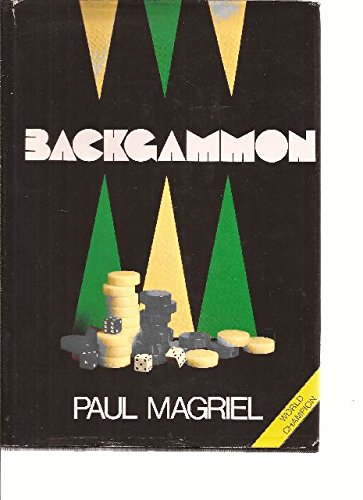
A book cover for Backgammon; Paul Magriel; Humor & Entertainment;